Tezpur Lunatic Asylum reports 1877-1894 - 1877-1894
Year: 1877
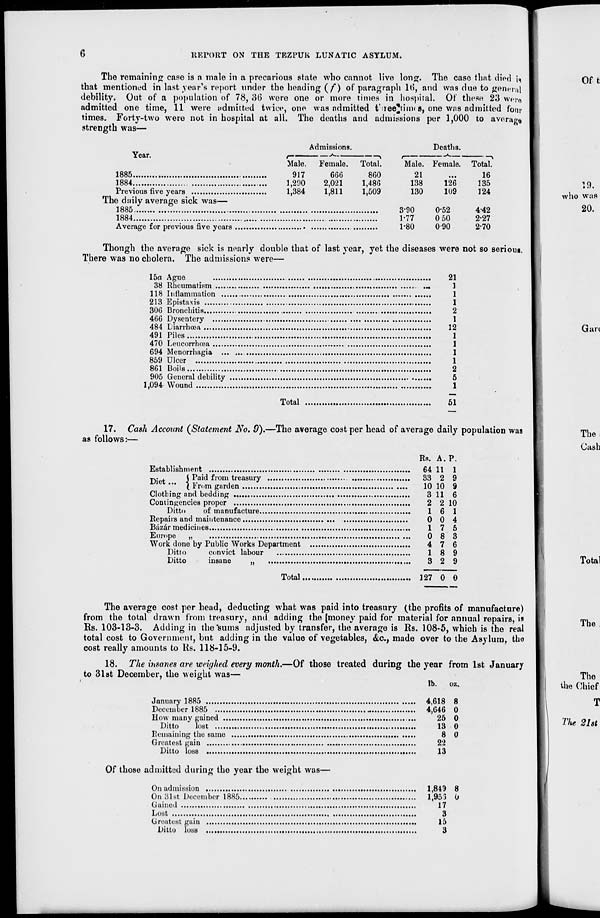
REPORT ON THE TEZPUK LUNATIC ASYLUM.
The remaining case is a male in a precarious state who cannot live long. The case that died i*
b mentioned in last year's report under the heading (/*) of paragraph l(i, and was due to general
ility. Out of a population of 78, 36 were one or more times in hospital. Of these 23 wero
.Jiitted one time, 11 were admitted twice, one was admitted t'ree^tinns, one was admitted four
times. Forty-two were not in hospital at all. The deaths and admissions per 1,000 to average
strength was—
that
deb
admi
Year.
1885
1884
Admissions.
Deaths.
Male.
917
1,290
Female.
666
2,021
1,811
Total.
860
1,486
1,509
Male.
21
138
130
3-90
1-77
1-80
Female.
126
109
0-52
0 50
090
Total.
16
135
1,384
124
The daily average sick was—
1885
4-42
1884
2-27
2-70
Though the average sick is nearly double that of last year, yet the diseases were not so seriom.
There was no cholera. The admissions were—
15a Ague
38 Rheumatism
118 Inflammation ...
213 Epistaxis
306 Bronchitis
466 Dysentery
484 Liarrhoea
491 Piles
470 Leucorrhcea
694 Menorrhagia ...
859 Ulcer
861 Boils
905 General debility
1,094 Wound
Total
21
1
1
1
2
1
12
1
1
1
1
2
5
1
51
17. Cash Account (Statement No. 9).—The average cost per head of average daily population was
as follows:—
Rs. A. P.
Establishment
64 11 1
1Y .
( Paid from treasury
33 2 9
uiei "* ( Fr.-m garden
10 10 9
Clothing and bedding
3 11 6
Contingencies proper
2 2 10
Ditto
of manufacture
16 1
Repairs and maintenance
0 0 4
Bazar medicines
17 5
Europe „
0 8 3
Work done by Public Works Department
4 7 6
Ditto
convict labour
18 9
Ditto
insane
„
3 2 9
Total
127 0 0
The average cost per head, deducting what was paid into treasury (the profits of manufacture)
from the total drawn from treasury, and adding the (money paid for material for annual repairs, is
Rs. 103-13-3. Adding in the'sums adjusted by transfer, the average is Rs. 108-5, which is the real
total cost to Government, but adding in the value of vegetables, &c, made over to the Asylum, tho
cost really amounts to Rs. 118-15-9.
18. The insanes are weighed every month.—Of those treated during the year from 1st January
to 31st December, the weight was—
lb. oz.
January 1885
4,618 8
December 1885
4,646 0
How many gained
25 0
Ditto
lost
13 0
Remaining the same
8 0
Greatest gain
22
Ditto loss
13
Of those admitted during the year the weight was—
On admission
1,819 8
On 8l8t December 1885
,
1,95 5 0
Gained
17
Lost
3
Greatest gain
15
Ditto loss
3